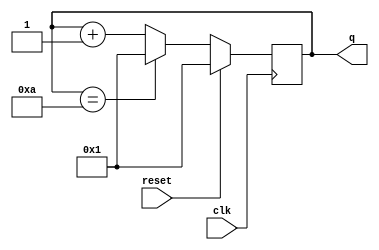
module top_module (
    input clk,
    input reset,
    output reg [3:0] q
);
    // Decade counter logic: Synchronous reset to 1 and count from 1 to 10
    always @(posedge clk) begin
        if (reset)
            q <= 4'b0001;  // Reset q to 1
        else if (q == 4'b1010)  // If q is 10
            q <= 4'b0001;  // Wrap around to 1
        else
            q <= q + 1;  // Otherwise, increment q
    end
endmodule